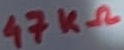
Text: 47KΩ